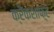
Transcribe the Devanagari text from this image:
क्रैंकशाफ़्ट